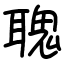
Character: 聭